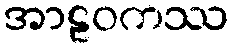
အာဠဝကဿ